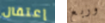
إعتقال وربع